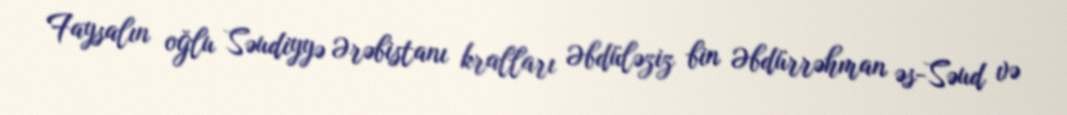
Faysalın oğlu Səudiyyə Ərəbistanı kralları Əbdüləziz bin Əbdürrəhman əs-Səud və